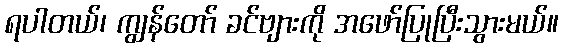
ရပါတယ်၊ ကျွန်တော် ခင်ဗျားကို အဖော်ပြုပြီးသွားမယ်။